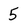
Character: 5